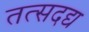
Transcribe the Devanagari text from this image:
तत्सदद्य